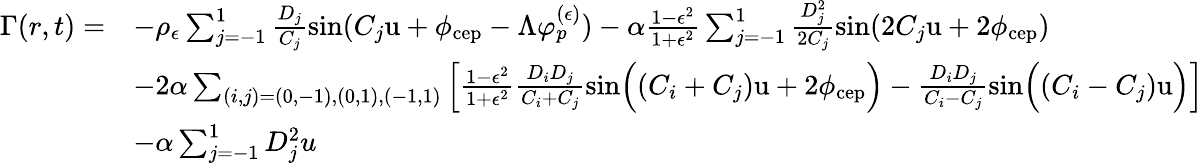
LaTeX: \begin{array}{rl}{\Gamma(r,t)=}&{-\rho_{\epsilon}\sum_{j=-1}^{1}\frac{D_{j}}{C_{j}}\sin(C_{j}\mathrm{u}+\phi_{\mathrm{cep}}-\Lambda\varphi_{p}^{(\epsilon)})-\alpha\frac{1-\epsilon^{2}}{1+\epsilon^{2}}\sum_{j=-1}^{1}\frac{D_{j}^{2}}{2C_{j}}\sin(2C_{j}\mathrm{u}+2\phi_{\mathrm{cep}})}\\ &{-2\alpha\sum_{(i,j)=(0,-1),(0,1),(-1,1)}\left[\frac{1-\epsilon^{2}}{1+\epsilon^{2}}\frac{D_{i}D_{j}}{C_{i}+C_{j}}\sin\Bigl((C_{i}+C_{j})\mathrm{u}+2\phi_{\mathrm{cep}}\Bigr)-\frac{D_{i}D_{j}}{C_{i}-C_{j}}\sin\Bigl((C_{i}-C_{j})\mathrm{u}\Bigr)\right]}\\ &{-\alpha\sum_{j=-1}^{1}D_{j}^{2}u}\end{array}